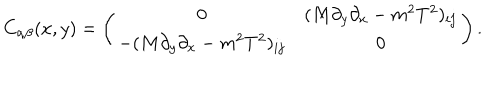
LaTeX: C _ { \alpha \beta } ( x , y ) = \left( \begin{array} { c c } { { 0 } } & { { ( M \partial _ { y } \partial _ { x } - m ^ { 2 } T ^ { 2 } ) _ { i j } } } \\ { { - ( M \partial _ { y } \partial _ { x } - m ^ { 2 } T ^ { 2 } ) _ { i j } } } & { { 0 } } \\ \end{array} \right) .